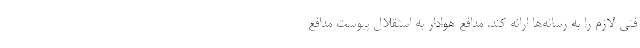
فنی لازم را به رسانه‌ها ارائه کند. مدافع هوادار به استقلال پیوست مدافع